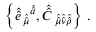
\left\{ \hat { \hat { e } \, } _ { \hat { \hat { \mu } } } { } ^ { \hat { \hat { a } } } , \hat { \hat { C } \, } _ { \hat { \hat { \mu } } \hat { \hat { \nu } } \hat { \hat { \rho } } } \right\} \, .